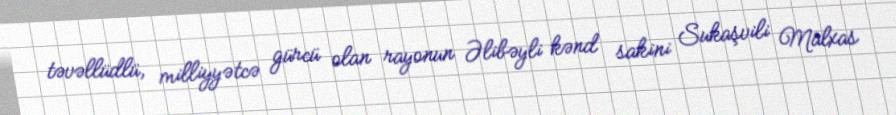
təvəllüdlü, milliyyətcə gürcü olan rayonun Əlibəyli kənd sakini Sukaşvili Malxas